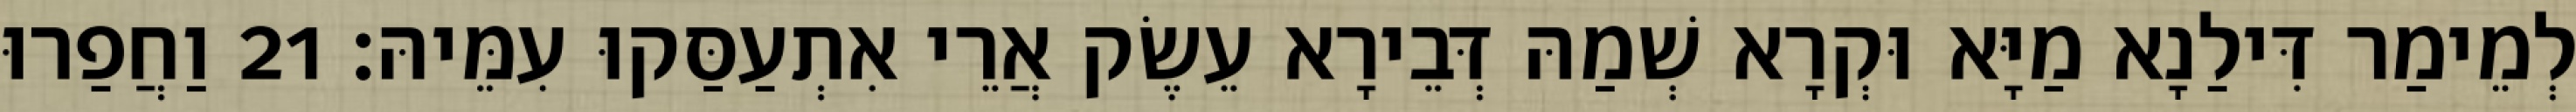
לְמֵימַר דִּילַנָא מַיָּא וּקְרָא שְׁמַהּ דְּבֵירָא עֵשֶׂק אֲרֵי אִתְעַסַּקוּ עִמֵּיהּ׃ 21 וַחֲפַרוּ